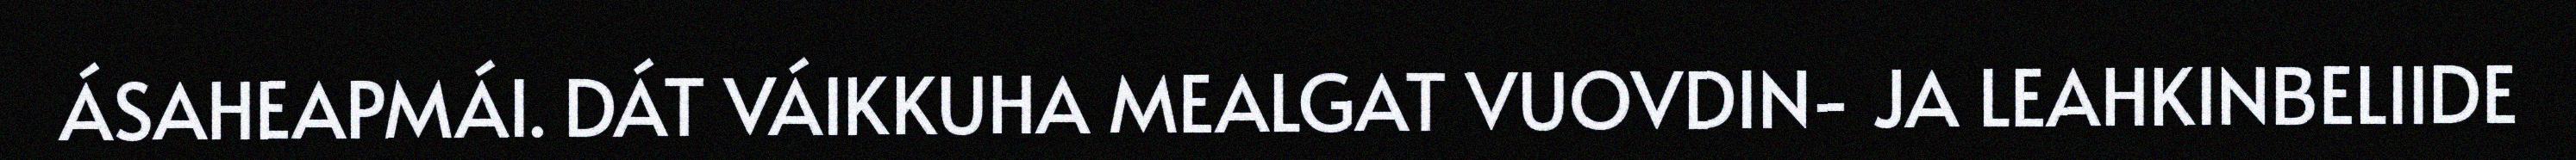
ÁSAHEAPMÁI. DÁT VÁIKKUHA MEALGAT VUOVDIN- JA LEAHKINBELIIDE